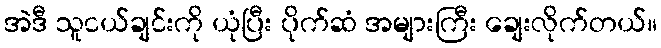
အဲဒီ သူငယ်ချင်းကို ယုံပြီး ပိုက်ဆံ အများကြီး ချေးလိုက်တယ်။